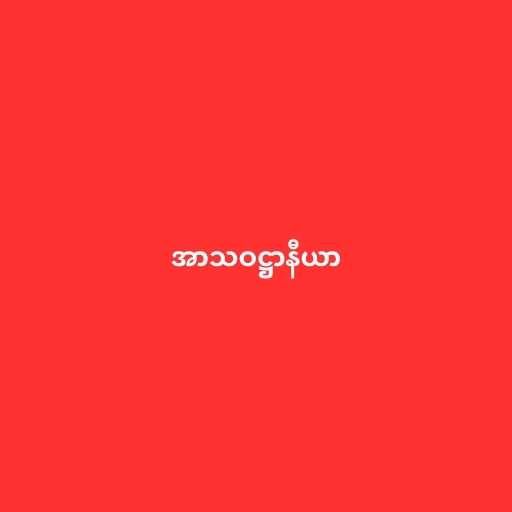
အာသဝဋ္ဌာနီယာ